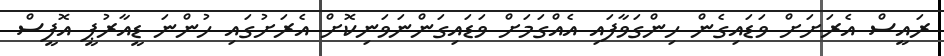
ރައީސް އެރަށަށް ވަޑައިގެން ހިންގަވާފައި އެއްގަމަށް ވަޑައިގަންނަވަނިކޮށް އެރަށުގައި ހުންނަ ޑީއާރުޕީ އޮފީސް